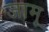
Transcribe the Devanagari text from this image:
जामू